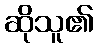
ဆိုသူ၏